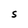
Character: S